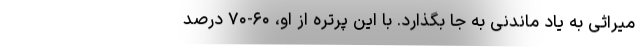
میراثی به یاد ماندنی به جا بگذارد. با این پُرتِره از او، ۶۰-۷۰ درصدِ